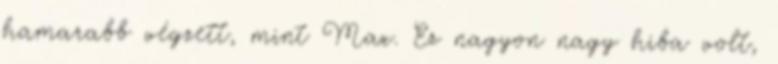
hamarabb végzett, mint Max. Ez nagyon nagy hiba volt,